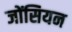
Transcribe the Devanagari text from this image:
जोंसियन